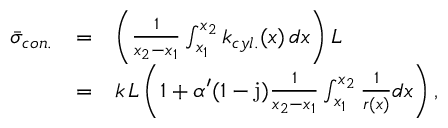
\begin{array} { l c l } { \bar { \sigma } _ { c o n . } } & { = } & { \left( \frac { 1 } { x _ { 2 } - x _ { 1 } } \int _ { x _ { 1 } } ^ { x _ { 2 } } { k _ { c y l . } ( x ) \, d x } \right) L } \\ & { = } & { k \, L \left( 1 + \alpha ^ { \prime } ( 1 - \mathrm { j } ) \frac { 1 } { x _ { 2 } - x _ { 1 } } \int _ { x _ { 1 } } ^ { x _ { 2 } } \frac { 1 } { r ( x ) } d x \right) , } \end{array}